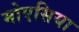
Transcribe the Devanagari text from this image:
मोएसिया